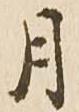
月